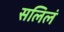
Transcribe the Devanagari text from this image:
सलिलं